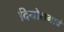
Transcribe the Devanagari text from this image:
दियोलगावं